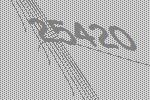
25420